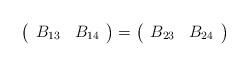
LaTeX: \begin{align*}\left (\begin{array}{cc} B_{13} &B_{14} \end{array}\right)=\left (\begin{array}{cc} B_{23} &B_{24} \end{array}\right)\end{align*}